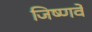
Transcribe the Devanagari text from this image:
जिष्णवे